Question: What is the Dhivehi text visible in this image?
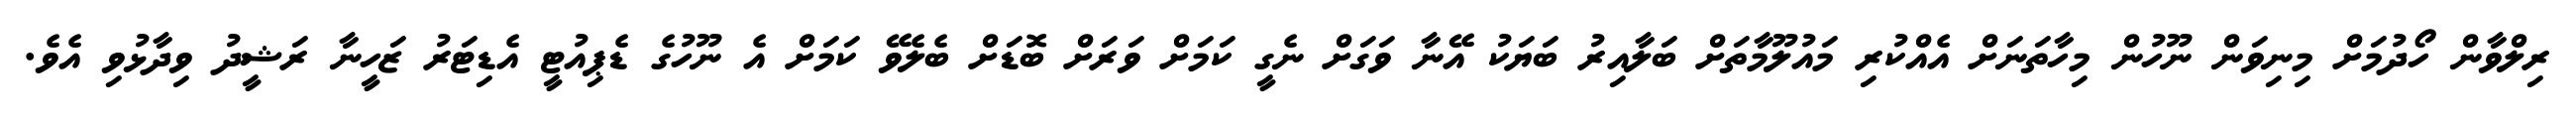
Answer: ރިލްވާން ހޯދުމަށް މިނިވަން ނޫހުން މިހާތަނަށް އެއްކުރި މައުލޫމާތަށް ބަލާއިރު ބަޔަކު އޭނާ ވަގަށް ނެގީ ކަމަށް ވަރަށް ބޮޑަށް ބެލެވޭ ކަމަށް އެ ނޫހުގެ ޑެޕިއުޓީ އެޑިޓަރު ޒަހީނާ ރަޝީދު ވިދާޅުވި އެވެ.